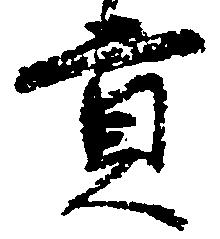
貢